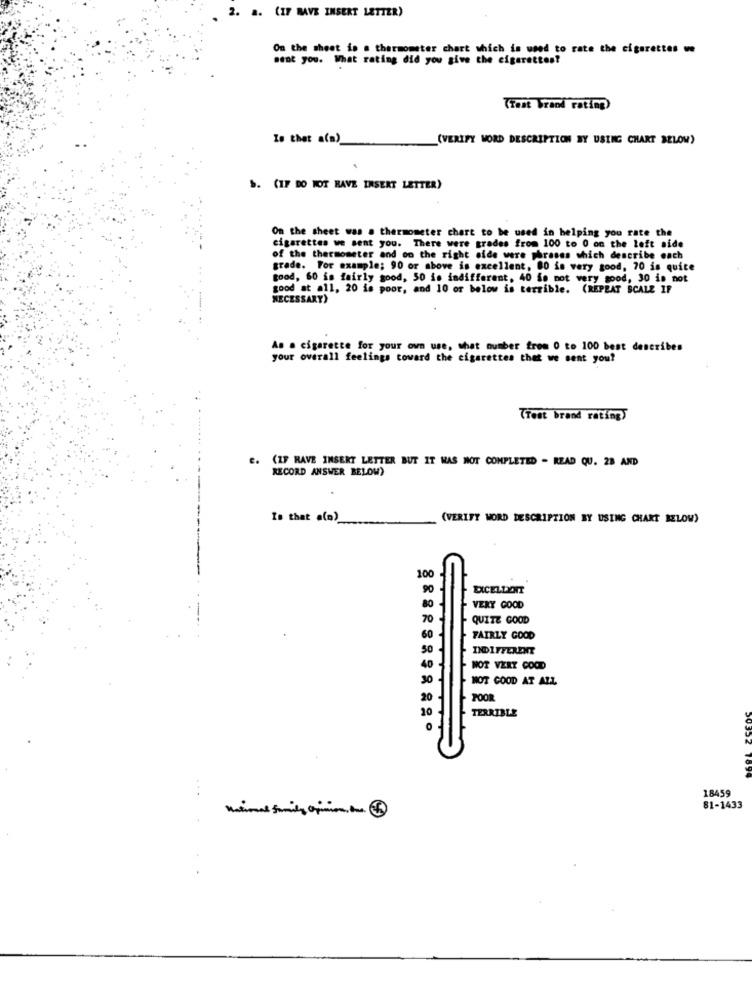
2. a. (IF BAVE INSERT LETTER)
On the sheet is a thermometer chart which is used to rate the cigarettes w
sent you. What rating did you give the cigarettes?
(Test Vraod rating)
Is that a(a)
(VERIFY WORD DESCRIPTION BY USING CHART BELOW)
b. (IF DO NOT HAVE INSERT LETTER)
On the sheet was a thermometer chart to be used in helping you rate the
cigarettes we sent you. There were grades from 100 to 0 on the left side
of the thermometer and on the right side were phrases which describe each
grade. For example; 90 or above is excellent, 80 is very good, 70 is quite
good, 60 is fairly good, 50 is indifferent, 40 So mot very good, 30 is not
good at all, 20 is poor, and 10 or below is terrible. (REPEAT SCALE IF
NECESSARY)
As a cigarette for your own use, what number from 0 to 100 best describes
your overall feelings toward the cigarettes that we sent you?
Trest brand rating
C. (IF RAVE INSERT LETTER BUT IT WAS NOT COMPLETED - READ QU. 28 AND
RECORD ANSWER BELOW)
Is that a(a)
(VERIFY WORD DESCRIPTION BY USING CHART BELOW)
100
90
DICELLENT
VERY GOOD
QUITE GOOD
FAIRLY GOOD
NOT VERY GOOD
NOT GOOD AT ALL
POOR
TERRIBLE
18459
81-1433